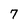
Character: 7